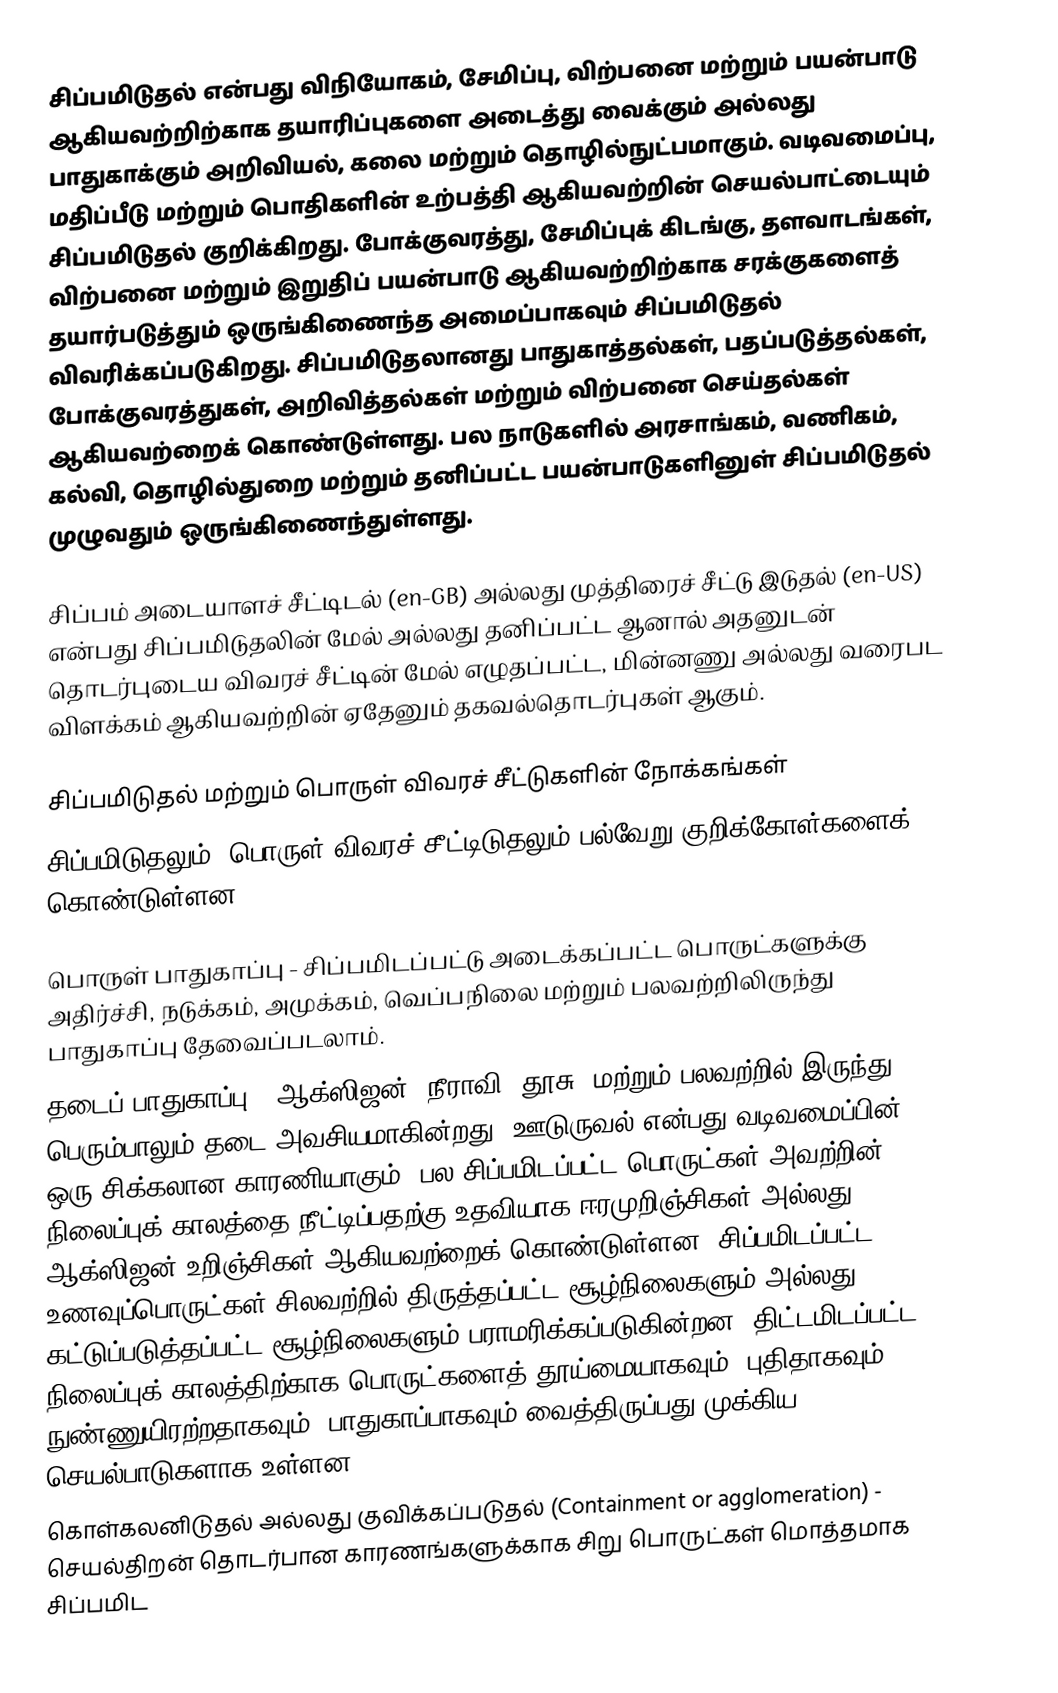
சிப்பமிடுதல்  என்பது விநியோகம், சேமிப்பு, விற்பனை மற்றும் பயன்பாடு ஆகியவற்றிற்காக தயாரிப்புகளை அடைத்து வைக்கும் அல்லது பாதுகாக்கும் அறிவியல், கலை மற்றும் தொழில்நுட்பமாகும். வடிவமைப்பு, மதிப்பீடு மற்றும் பொதிகளின் உற்பத்தி ஆகியவற்றின் செயல்பாட்டையும்  சிப்பமிடுதல் குறிக்கிறது. போக்குவரத்து, சேமிப்புக் கிடங்கு, தளவாடங்கள், விற்பனை மற்றும் இறுதிப் பயன்பாடு ஆகியவற்றிற்காக சரக்குகளைத் தயார்படுத்தும் ஒருங்கிணைந்த அமைப்பாகவும்  சிப்பமிடுதல் விவரிக்கப்படுகிறது. சிப்பமிடுதலானது பாதுகாத்தல்கள், பதப்படுத்தல்கள், போக்குவரத்துகள், அறிவித்தல்கள் மற்றும் விற்பனை செய்தல்கள் ஆகியவற்றைக் கொண்டுள்ளது. பல நாடுகளில் அரசாங்கம், வணிகம், கல்வி, தொழில்துறை மற்றும் தனிப்பட்ட பயன்பாடுகளினுள் சிப்பமிடுதல் முழுவதும் ஒருங்கிணைந்துள்ளது.

சிப்பம் அடையாளச் சீட்டிடல்  (en-GB) அல்லது முத்திரைச் சீட்டு இடுதல்  (en-US) என்பது சிப்பமிடுதலின் மேல் அல்லது தனிப்பட்ட ஆனால் அதனுடன் தொடர்புடைய விவரச் சீட்டின் மேல் எழுதப்பட்ட, மின்னணு அல்லது வரைபட விளக்கம் ஆகியவற்றின் ஏதேனும் தகவல்தொடர்புகள் ஆகும்.

சிப்பமிடுதல் மற்றும் பொருள் விவரச் சீட்டுகளின் நோக்கங்கள்
சிப்பமிடுதலும், பொருள் விவரச் சீட்டிடுதலும் பல்வேறு குறிக்கோள்களைக் கொண்டுள்ளன

 பொருள் பாதுகாப்பு  - சிப்பமிடப்பட்டு அடைக்கப்பட்ட பொருட்களுக்கு அதிர்ச்சி, நடுக்கம், அமுக்கம், வெப்பநிலை மற்றும் பலவற்றிலிருந்து பாதுகாப்பு தேவைப்படலாம்.
 தடைப் பாதுகாப்பு  - ஆக்ஸிஜன், நீராவி, தூசு, மற்றும் பலவற்றில் இருந்து பெரும்பாலும் தடை அவசியமாகின்றது. ஊடுருவல் என்பது வடிவமைப்பின் ஒரு சிக்கலான காரணியாகும். பல சிப்பமிடப்பட்ட பொருட்கள் அவற்றின் நிலைப்புக் காலத்தை நீட்டிப்பதற்கு உதவியாக ஈரமுறிஞ்சிகள் அல்லது ஆக்ஸிஜன் உறிஞ்சிகள் ஆகியவற்றைக் கொண்டுள்ளன. சிப்பமிடப்பட்ட உணவுப்பொருட்கள் சிலவற்றில் திருத்தப்பட்ட சூழ்நிலைகளும்  அல்லது கட்டுப்படுத்தப்பட்ட சூழ்நிலைகளும் பராமரிக்கப்படுகின்றன. திட்டமிடப்பட்ட நிலைப்புக் காலத்திற்காக பொருட்களைத் தூய்மையாகவும், புதிதாகவும், நுண்ணுயிரற்றதாகவும், பாதுகாப்பாகவும் வைத்திருப்பது முக்கிய செயல்பாடுகளாக உள்ளன.
 கொள்கலனிடுதல் அல்லது குவிக்கப்படுதல்  (Containment or agglomeration) - செயல்திறன் தொடர்பான காரணங்களுக்காக சிறு பொருட்கள் மொத்தமாக சிப்பமிட